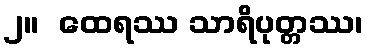
၂။  ထေရဿ သာရိပုတ္တဿ၊